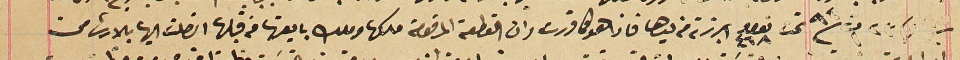
٩٥ وفى ٢٣ ت١ /٩٤ تحت نومرو ٤٦٨ ابرزته من يدها فاذا هو كما قررت وان القطعة المرقومة ملكها وملك بايعتها من قبلها اتصلت اليها بالارث من